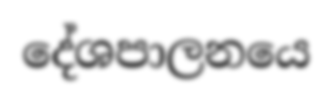
දේශපාලනයෙ